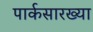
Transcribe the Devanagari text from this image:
पार्कसारख्या